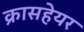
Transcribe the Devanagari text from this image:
क्रासहेयर